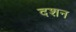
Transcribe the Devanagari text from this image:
दशन